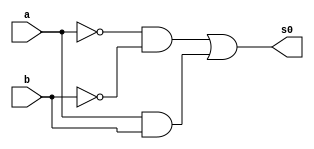
// ------------------------- 
// Exemplo0023 - C_Igual_Dif 
// Nome: Filipe Viana de Miranda 
// ------------------------- 
// ------------------------- 
// C_Igual_Dif_gate 
// -------------------------
module C_Igual (output s0,input a, input b);

wire n,m,o,w;

not NOT1 (n,a);
not NOT2 (m,b);
and AND1 (o,n,m);
and AND2 (w,a,b);
or OR1 (s0,o,w);

endmodule//C_Igual

module C_Dif (output s0,input a, input b);

wire n,m,o,w;

not NOT1 (n,a);
not NOT2 (m,b);
and AND1 (o,n,b);
and AND2 (w,a,m);
or OR1 (s0,o,w);

endmodule//C_Dif

module MUX (output d,input a,input b, input CH);

wire N1,h1,h0;

not NOT1(n1,CH);
and AND1(h0,a,N1);
and AND2(h1,b,CH);
or OR1 (d,h0,h1);

endmodule//MUX

module Prin (output s,input x1,input y1,input CH);

wire temp1,temp2;

C_Igual CI1(temp1,x1,y1);
C_Dif CD1(temp2,x1,y1);
MUX MUX1 (s,temp2,temp1,CH);

endmodule//Prin

module testPrin;
// ------------------------- definir dados 
reg  x;
reg  y;
reg ch; 
Prin modulo ( s, x, y,ch);
// ------------------------- parte principal 
initial begin 
$display("Exemplo0027 - Filipe Viana de Miranda - 446415"); 
$display("Test AU's module"); 
x ='b0; y = 'b0;ch = 'b0;  
// projetar testes do modulo 
$display("\na b CH s");
#1 $monitor("%b %b %b %b",x,y,ch,s);
#1 x='b0;y ='b1;ch = 'b0;  
#1 x='b1;y ='b0;ch = 'b0;
#1 x='b1;y ='b1;ch = 'b0; 

#1 x='b0;y ='b0;ch = 'b1;
#1 x='b0;y ='b1;ch = 'b1;  
#1 x='b1;y ='b0;ch = 'b1;
#1 x='b1;y ='b1;ch = 'b1; 


end 
endmodule // test_C_Igual